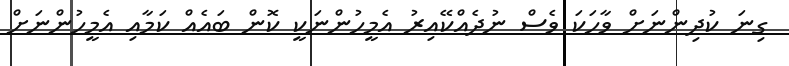
ގިނަ ކުދިންނަށް ވާހަކަ ވެސް ނުދެއްކޭއިރު އެމީހުންނަކީ ކޮން ބައެއް ކަމާއި އެމީހުންނަށް